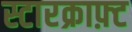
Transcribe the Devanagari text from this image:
स्टारक्राफ़्ट